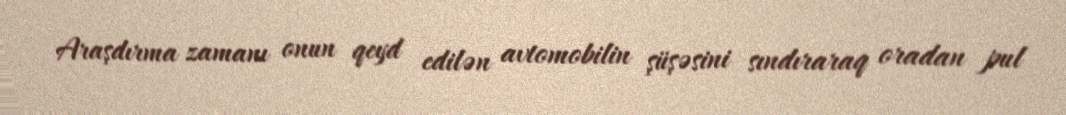
Araşdırma zamanı onun qeyd edilən avtomobilin şüşəsini sındıraraq oradan pul